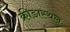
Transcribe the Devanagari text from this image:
क्रीडास्थल